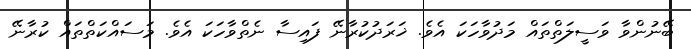
ބޭނުންވާ ވަސީލަތްތައް މަދުވާހަކަ އެވެ. ޚަރަދުކުރާނޭ ފައިސާ ނެތްވާހަކަ އެވެ. މަސައްކަތްތައް ކުރާނޭ